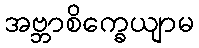
အဗ္ဘာစိက္ခေယျာမ